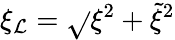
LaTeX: \xi_{\mathcal{L}}=\sqrt{}{{\xi^{2}+\tilde{{\xi}}^{2}}}